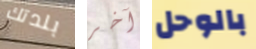
بلدتك آخر بالوحل